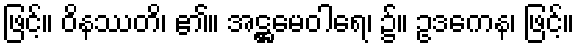
ဖြင့်။ ဝိနဿတိ၊ ၏။ အဋ္ဌမေဝါရေ၊ ၌။ ဥဒကေန၊ ဖြင့်။